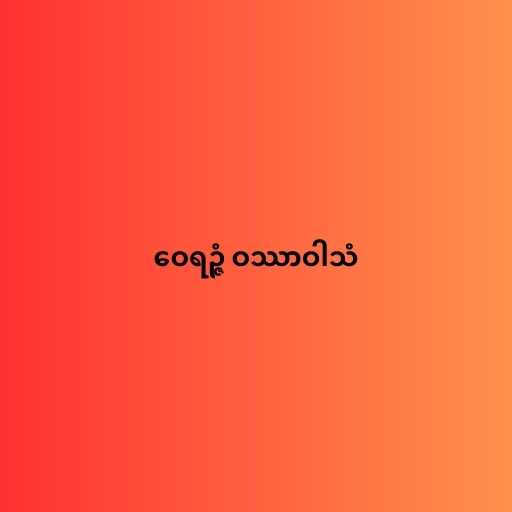
ဝေရဉ္ဇံ ဝဿာဝါသံ